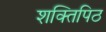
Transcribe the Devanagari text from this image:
शक्तिपिठ